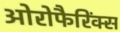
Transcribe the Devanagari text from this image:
ओरोफैरिंक्स